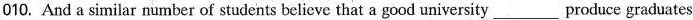
010. And a similar number of students believe that a good university ___ produce graduates